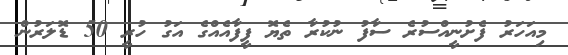
މިއަހަރު ފެށުނީއްސުރެ ސާފު ނުކުރާ ތެޔޮ ފީފާއެއްގެ އަގު ހުރީ 50 ޑޮލަރުން